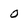
Character: 0